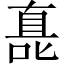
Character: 嗭